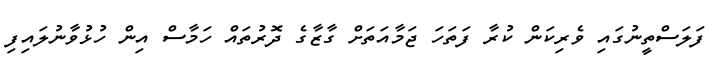
ފަލަސްތީނުގައި ވެރިކަން ކުރާ ފަތަހަ ޖަމާއަތަށް ގާޒާގެ ދޮރުތައް ހަމާސް އިން ހުޅުވާނުލައިފި